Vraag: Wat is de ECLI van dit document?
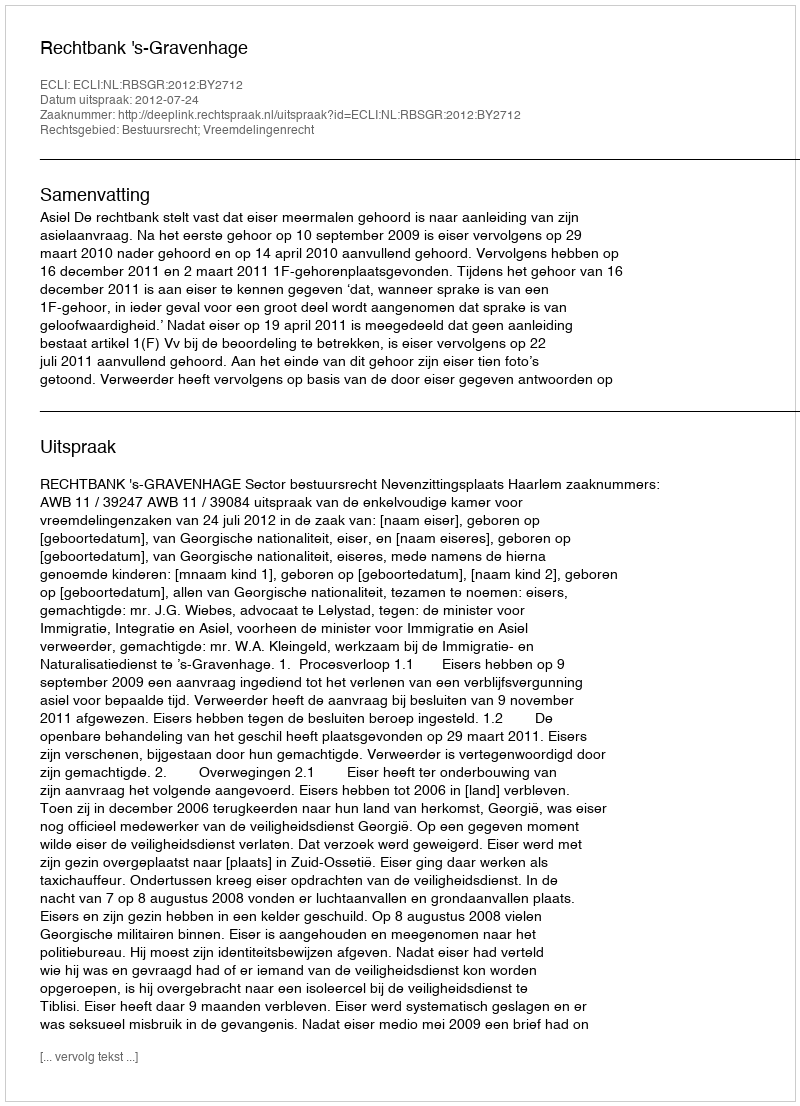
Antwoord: ECLI:NL:RBSGR:2012:BY2712